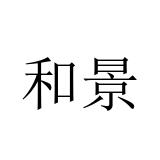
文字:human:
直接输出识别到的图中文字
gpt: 和景